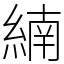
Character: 䋻